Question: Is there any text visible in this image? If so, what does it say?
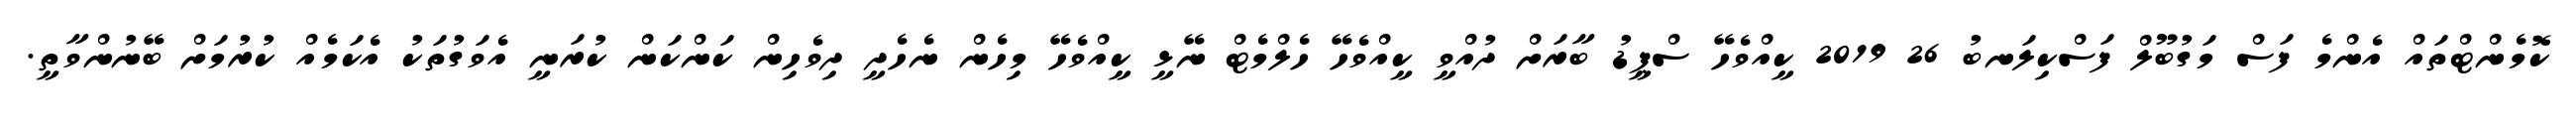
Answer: ކޮމެންޓްތައް އެންމެ ފަސް މަގުބޫލް ފަސްކިލަނބު 26 2019 ކީއްވެހޭ ސްޕީޑު ބާރަށް ދުއްވީ ކީއްވެހޭ ހެލްމެޓް ނޭޅީ ކީއްވެހޭ މިހެން ނެހެދީ ދިވެހިން ކަންކަން ކުރަނީ އެވަގުތަކު އެކަމެއް ކުރުމަށް ބޭނުންވާތީ.